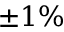
\pm 1 \%